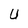
Character: U